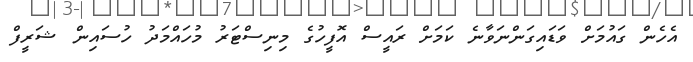
އެހެން ގައުމަށް ވަޑައިގަންނަވާނެ ކަމަށް ރައީސް އޮފީހުގެ މިނިސްޓަރު މުހައްމަދު ހުސަައިން ޝަރީފް